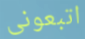
اتبعونى